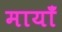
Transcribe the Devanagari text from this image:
मायाँ